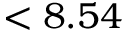
< 8 . 5 4